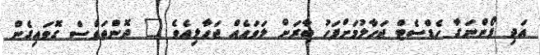
އަދި ފޯންނަގާ ހެޑްސެޓް ޖަހާލުމަށްފަހު ބާރަށް ލަވައެއް ޖަހާލިއެވެ " ދޮންތަވެސް ގޮވައިގެން